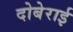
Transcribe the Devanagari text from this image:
दोबेराई